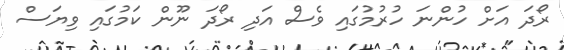
ރޯދަ އަށް ހުންނަ ހުރުމުގައި ވެސް އަދި ރޯދަ ނޫން ކަމުގައި ވިޔަސް